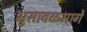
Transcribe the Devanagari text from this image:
भुसावळमार्गे